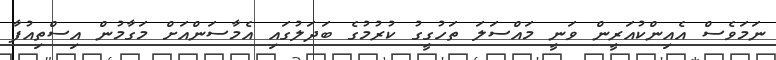
ނަމަވެސް އެއިންކުއަރީން ވަނީ މައްސަލަ ތަހުގީގު ކުރުމުގެ ބަދަލުގައި އެމާސަންއަށް މަގާމުން އިސްތިއުފާ